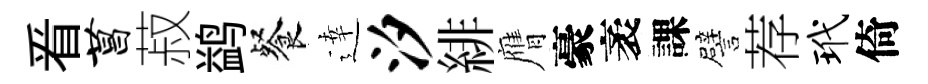
㸔菖菽鹢餐逹汐緋膺豪袤課譬荐玳倚